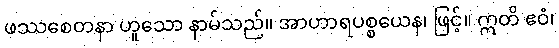
ဖဿစေတနာ ဟူသော နာမ်သည်။ အာဟာရပစ္စယေန၊ ဖြင့်။ ဣတိ ဧဝံ၊